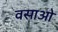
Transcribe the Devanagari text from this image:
वसाओ